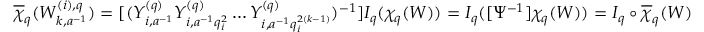
\overline { { \chi } } _ { q } ( W _ { k , a ^ { - 1 } } ^ { ( i ) , q } ) = [ ( Y _ { i , a ^ { - 1 } } ^ { ( q ) } Y _ { i , a ^ { - 1 } q _ { i } ^ { 2 } } ^ { ( q ) } \dots Y _ { i , a ^ { - 1 } q _ { i } ^ { 2 ( k - 1 ) } } ^ { ( q ) } ) ^ { - 1 } ] I _ { q } ( \chi _ { q } ( W ) ) = I _ { q } ( [ \Psi ^ { - 1 } ] \chi _ { q } ( W ) ) = I _ { q } \circ \overline { { \chi } } _ { q } ( W )